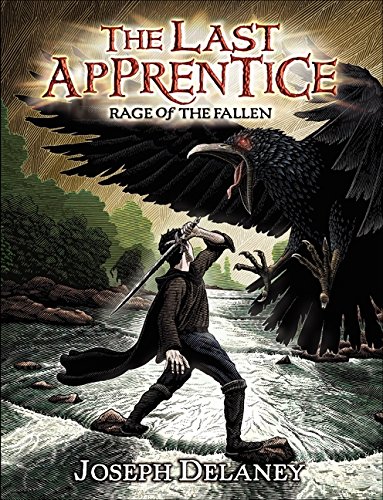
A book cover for The Last Apprentice: Rage of the Fallen (Book 8); Joseph Delaney; Teen & Young Adult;